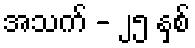
အသက် - ၂၅ နှစ်